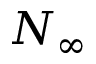
N _ { \infty }